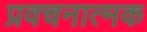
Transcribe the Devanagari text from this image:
प्रवचनात्मक